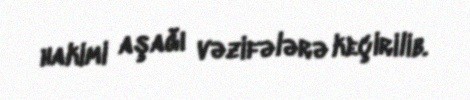
hakimi aşağı vəzifələrə keçirilib.